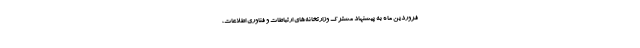
فروردین ماه به پیشنهاد مشترک وزارتخانه‌های ارتباطات و فناوری اطلاعات،